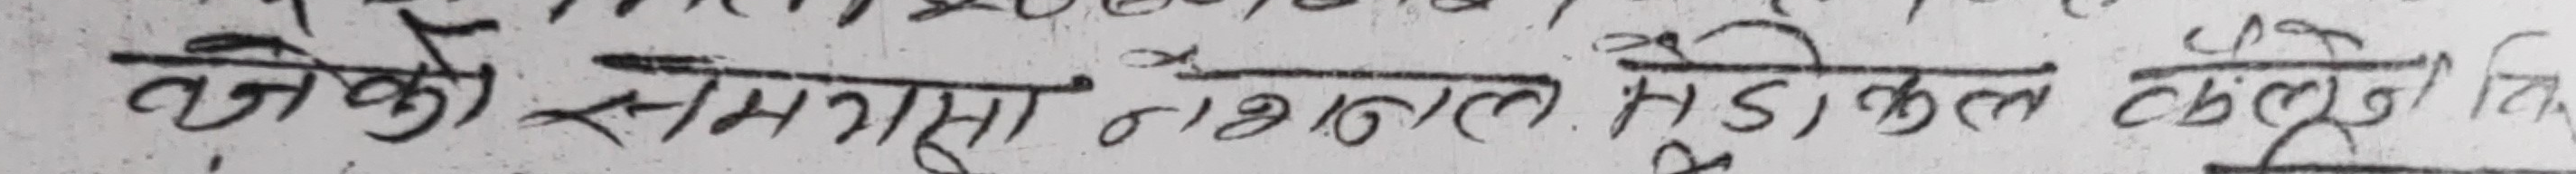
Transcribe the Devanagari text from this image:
बजेको संगला नेषनल मेडिकल कलेज कि